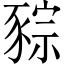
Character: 䝋